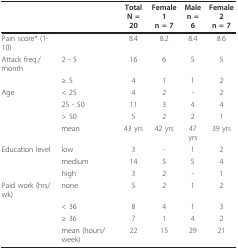
<table><thead><tr><td></td><td></td><td><b>TotalN = 20</b></td><td><b>Female 1n = 7</b></td><td><b>Malen = 6</b></td><td><b>Female 2n = 7</b></td></tr></thead><tbody><tr><td>Pain score* (1-10)</td><td></td><td>8.4</td><td>8.2</td><td>8.4</td><td>8.6</td></tr><tr><td>Attack freq./month</td><td>2 - 5</td><td>16</td><td>6</td><td>5</td><td>5</td></tr><tr><td></td><td>≥ 5</td><td>4</td><td>1</td><td>1</td><td>2</td></tr><tr><td>Age</td><td>&lt; 25</td><td>4</td><td>2</td><td>-</td><td>2</td></tr><tr><td></td><td>25 - 50</td><td>11</td><td>3</td><td>4</td><td>4</td></tr><tr><td></td><td>&gt; 50</td><td>5</td><td>2</td><td>2</td><td>1</td></tr><tr><td></td><td>mean</td><td>43 yrs</td><td>42 yrs</td><td>47 yrs</td><td>39 yrs</td></tr><tr><td>Education level</td><td>low</td><td>3</td><td>-</td><td>1</td><td>2</td></tr><tr><td></td><td>medium</td><td>14</td><td>5</td><td>5</td><td>4</td></tr><tr><td></td><td>high</td><td>3</td><td>2</td><td>-</td><td>1</td></tr><tr><td>Paid work (hrs/wk)</td><td>none</td><td>5</td><td>2</td><td>1</td><td>2</td></tr><tr><td></td><td>&lt; 36</td><td>8</td><td>4</td><td>1</td><td>3</td></tr><tr><td></td><td>≥ 36</td><td>7</td><td>1</td><td>4</td><td>2</td></tr><tr><td></td><td>mean (hours/week)</td><td>22</td><td>15</td><td>29</td><td>21</td></tr></tbody></table>